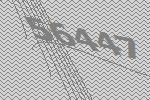
56447